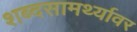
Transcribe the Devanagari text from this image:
शब्दसामर्थ्यावर